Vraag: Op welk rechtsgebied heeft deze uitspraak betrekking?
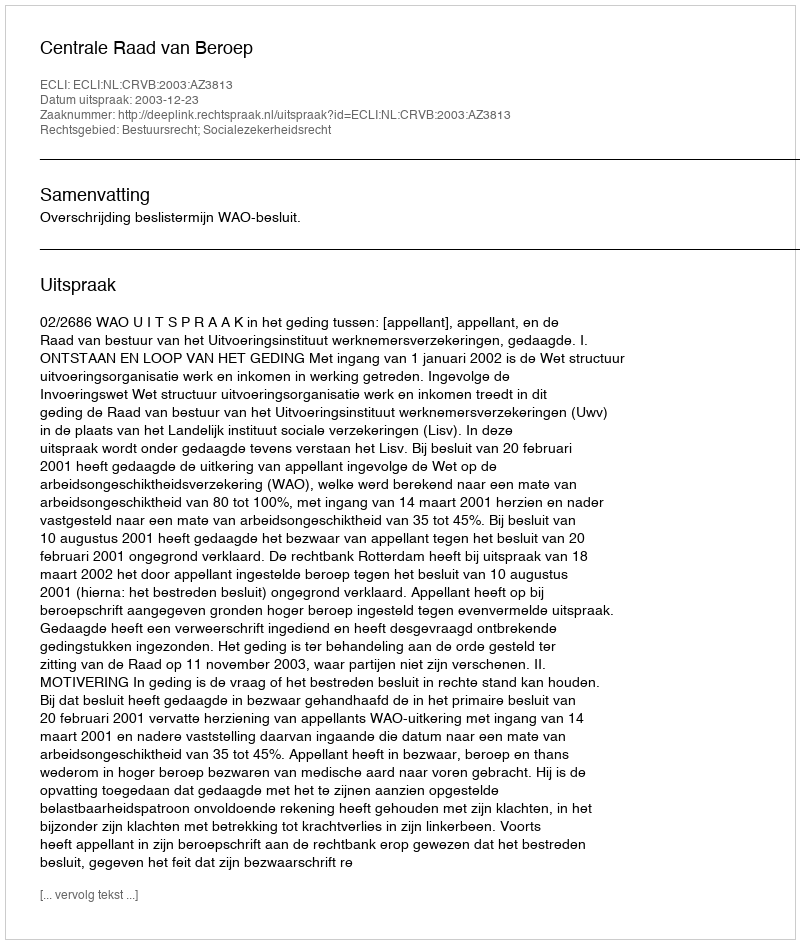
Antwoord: Bestuursrecht; Socialezekerheidsrecht